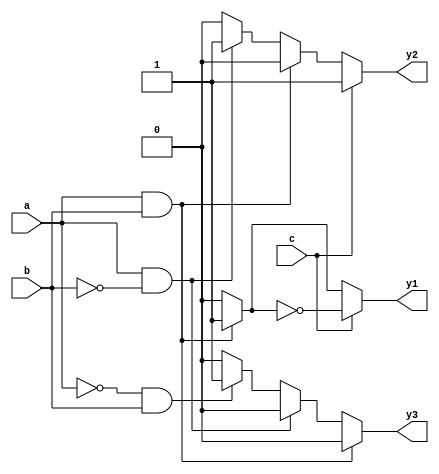
module combinational_logic (
    input wire a,
    input wire b,
    input wire c,
    output reg y1,
    output reg y2,
    output reg y3
);

    always @(*) begin
        // Default assignments
        y1 = 0;
        y2 = 0;
        y3 = 0;

        // Combinational logic using if-else statements
        if (a && b) begin
            y1 = 1; // y1 is high if both a and b are high
        end else if (a && !b) begin
            y2 = 1; // y2 is high if a is high and b is low
        end else if (!a && b) begin
            y3 = 1; // y3 is high if a is low and b is high
        end

        // Additional logic based on input c
        if (c) begin
            y1 = y1 ^ 1; // Toggle y1 if c is high
            y2 = y2 | 1; // Set y2 high if c is high
        end
    end
endmodule